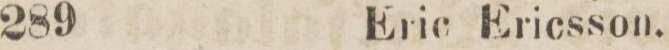
289    Eric Ericsson.